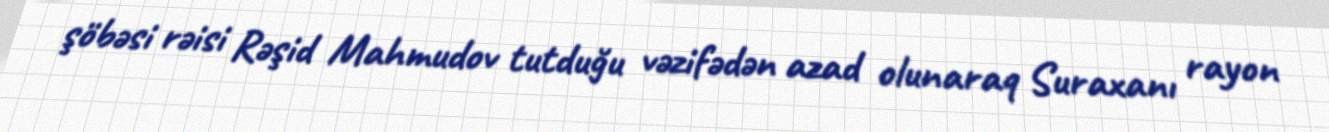
şöbəsi rəisi Rəşid Mahmudov tutduğu vəzifədən azad olunaraq Suraxanı rayon